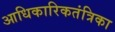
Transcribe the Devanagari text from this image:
आधिकारिकतंत्रिका